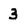
Character: 3